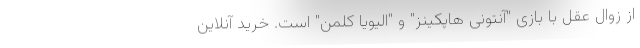
از زوال عقل با بازی "آنتونی هاپکینز" و "الیویا کلمن" است. خرید آنلاین